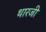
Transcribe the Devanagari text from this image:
थारजी